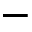
-